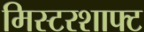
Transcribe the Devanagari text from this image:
मिस्टरशाफ्ट